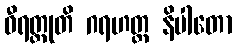
ဓီရတ္ထုတိ ဂရဟတ္ထ နိပါတော